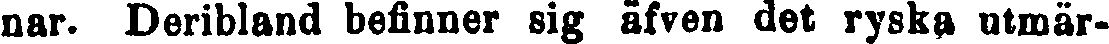
nar. Deribland befinner sig äfven det ryska utmär-